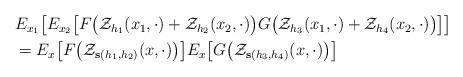
LaTeX: \begin{align*}\begin{aligned}&E_{x_1}\big[ E_{x_2}\big[F\big(\mathcal Z_{h_1}(x_1,\cdot)+ \mathcal Z_{h_2}(x_2,\cdot)\big)G\big(\mathcal Z_{h_3}(x_1,\cdot)+ \mathcal Z_{h_4}(x_2,\cdot)\big) \big]\big]\\&=E_x\big[F\big(\mathcal Z_{\mathbf{s}(h_1,h_2)}(x,\cdot)\big)\big]E_x\big[G\big(\mathcal Z_{\mathbf{s}(h_3,h_4)}(x,\cdot)\big)\big]\end{aligned}\end{align*}